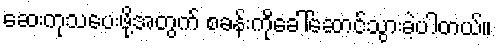
ဆေးကုသပေးဖို့အတွက် စခန်းကိုခေါ်ဆောင်သွားခဲ့ပါတယ်။